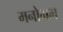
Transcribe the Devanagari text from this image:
मनोभ्रम